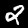
Digit: 2